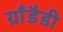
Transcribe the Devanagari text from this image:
ग्राँडैडी